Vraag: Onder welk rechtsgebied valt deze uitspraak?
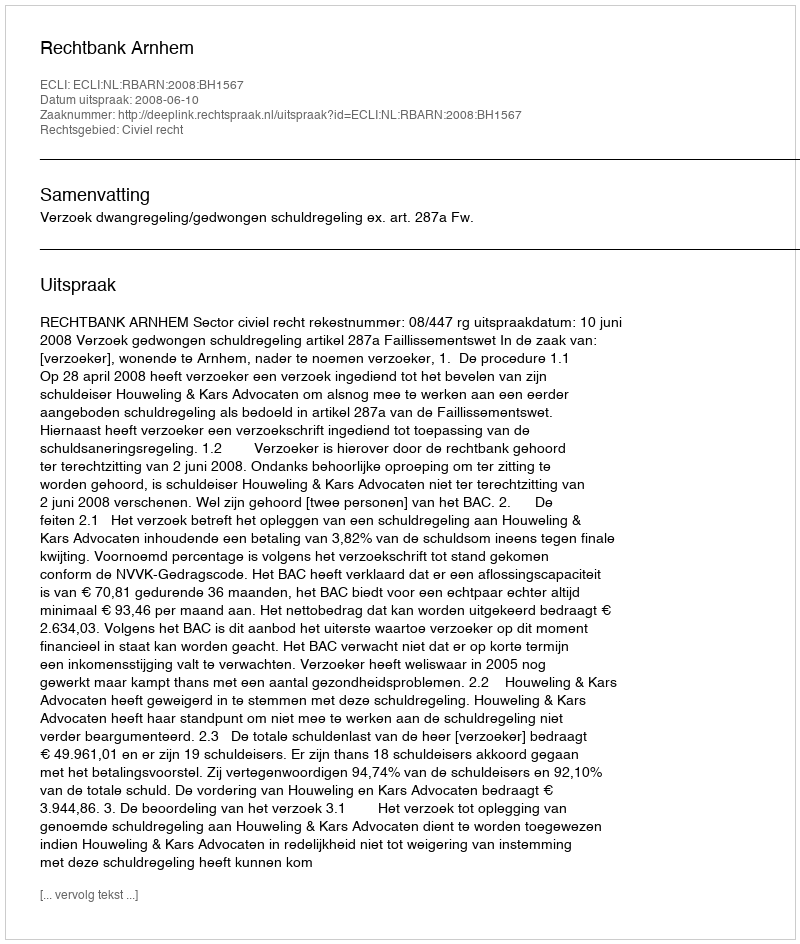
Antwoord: Civiel recht